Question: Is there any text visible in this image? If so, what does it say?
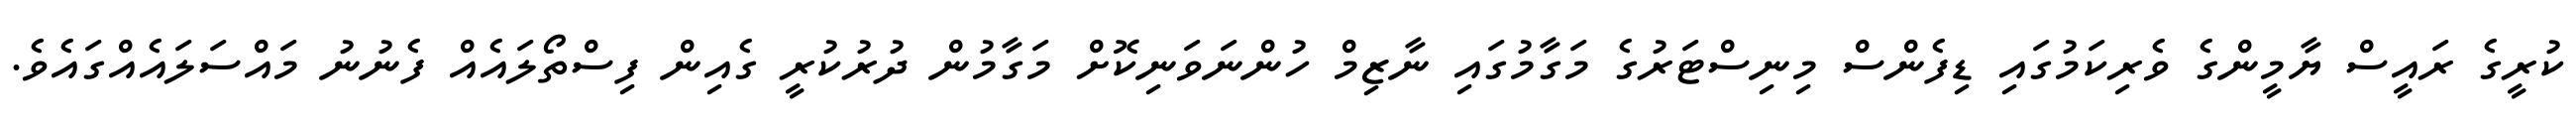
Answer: ކުރީގެ ރައީސް ޔާމީންގެ ވެރިކަމުގައި ޑިފެންސް މިނިސްޓަރުގެ މަގާމުގައި ނާޒިމް ހުންނަވަނިކޮށް މަގާމުން ދުރުކުރީ ގެއިން ފިސްތޯލައެއް ފެނުނު މައްސަލައެއްގައެވެ.